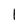
Character: l